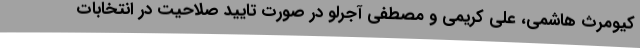
کیومرث هاشمی، علی کریمی و مصطفی آجرلو در صورت تایید صلاحیت در انتخابات